Madras plague regulations in force outside the Presidency town - Volume 7
Disease focus: Plague
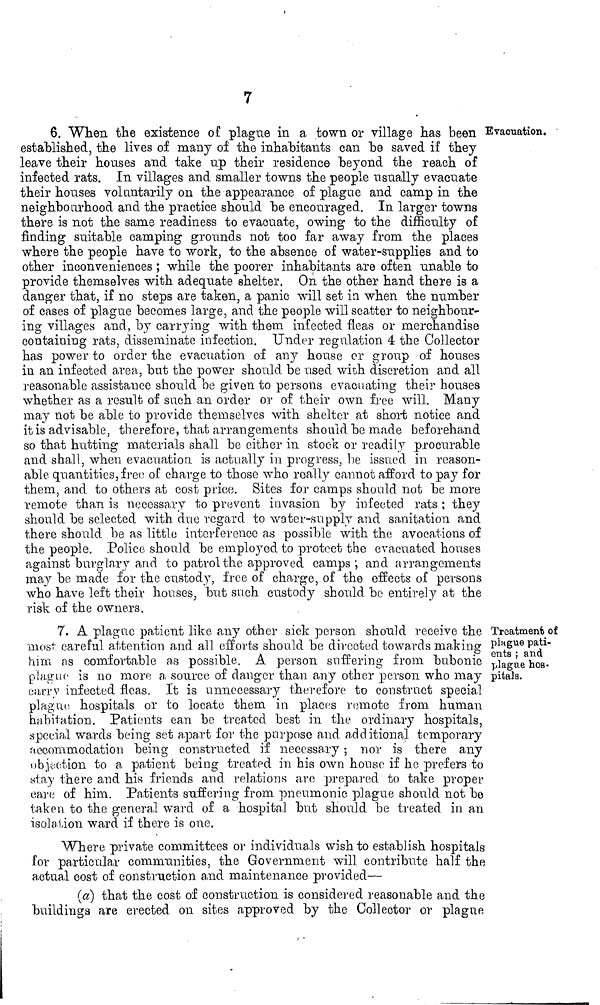
7
Evaluation.
6. When the existence of plague in a town or village has been
established, the lives of many of the inhabitants can be saved if they
leave their houses and take up their residence beyond the reach of
infected rats. In villages and smaller towns the people usually evacuate
their houses voluntarily on the appearance of plague and camp in the
neighbourhood and the practice should be encouraged. In larger towns
there is not the same readiness to evacuate, owing to the difficulty of
finding suitable camping grounds not too far away from the places
where the people have to work, to the absence of water-supplies and to
other inconveniences ; while the poorer inhabitants are often unable to
provide themselves with adequate shelter. On the other hand there is a
danger that, if no steps are taken, a panic will set in when the number
of cases of plague becomes large, and the people will scatter to neighbour-
ing villages and, by carrying with them infected fleas or merchandise
containing rats, disseminate infection. Under regulation 4 the Collector
has power to order the evacuation of any house or group of houses
in an infected area, but the power should be used with discretion and all
reasonable assistance should be given to persons evacuating their houses
whether as a result of such an order or of their own free will. Many
may not be able to provide themselves with shelter at short notice and
it is advisable, therefore, that arrangements should be made beforehand
so that hutting materials shall be either in stock or readily procurable
and shall, when evacuation is actually in progress, be issued in reason-
able quantities, freo; of charge to those who really ca.nnot afford to pay for
them, and to others at cost price. Sites for camps should not be more
remote than is necessary to prevent invasion by infected rats ; they
should be selected with due regard to water-supply and sanitation and
there should be as little interference as possible with the avoca,tions of
the people. Police should be employed to protect the evacuated houses
against burglary arid to patrol the approved camps ; and arrangements
may be made for the custody, free of charge, of the effects of persons
who have left their houses, but such custody should be entirely at the
risk of the owners.
Treatment of
plague pati-
ents ; and
plague hos-
pitals.
7. A plague pa,tient like any other sick person should receive the
niotv" careful attention and all efforts should be directed towards making
him as comfortable as possible. A person suffering from bubonic
plague is no more a source of danger than any other person who may
carrv infected fleas. It is unnecessary therefore to construct special
plague, hospitals or to locate them in places remote from human
habitation. Patients can be treated best in the ordinary hospitals,
special wards being set apart for the purpóse and additional temporary
accommodation being constructed if neccssa.ry ; nor is there any
objection to a pa.tient being treated in his own house if he prefers to
stay there and his friends and relations arc prepared to take proper
care of him. Patientts suffering from pneumonic plague should not be
taken to the general warrd of a hospital but should be treated in an
isolationwad if there is one.
Where private committees or individuals wish to establish hospitals
for particular communities, the Government will contribute half the
actual cost of construction and maintenance provided—
(a) that the cost of construction is considered reasonable and the
buildings are erected on sites approved by the Collector or plague